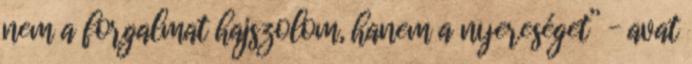
nem a forgalmat hajszolom, hanem a nyereséget” – avat